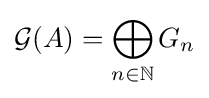
{\mathcal {G}}(A)=\bigoplus _{n\in \mathbb {N} }G_{n}